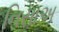
નિસાઅ